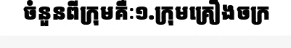
ចំនួនពីក្រុមគឺៈ១.ក្រុមគ្រឿងចក្រ